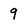
Character: 9